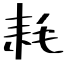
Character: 耗